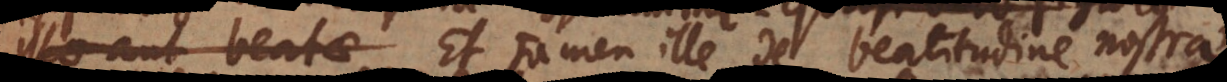
illae aut beatae Et tamen ille de beatitudine nostrae